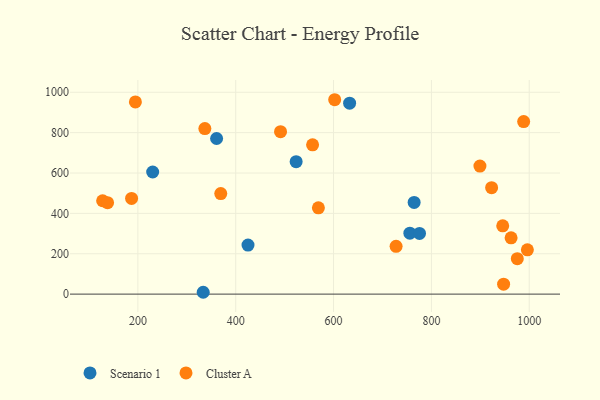
{"axis": {"x": "Experience", "y": "Yield"}, "legend": ["Cluster A", "Scenario 1"], "data": [{"x": "756.0", "y": 301.7, "type": "Scenario 1"}, {"x": "632.8", "y": 945.7, "type": "Scenario 1"}, {"x": "230.2", "y": 605.0, "type": "Scenario 1"}, {"x": "764.7", "y": 454.3, "type": "Scenario 1"}, {"x": "360.9", "y": 770.9, "type": "Scenario 1"}, {"x": "425.1", "y": 242.8, "type": "Scenario 1"}, {"x": "523.5", "y": 656.2, "type": "Scenario 1"}, {"x": "333.5", "y": 9.1, "type": "Scenario 1"}, {"x": "775.7", "y": 300.6, "type": "Scenario 1"}, {"x": "975.6", "y": 175.5, "type": "Cluster A"}, {"x": "988.6", "y": 854.7, "type": "Cluster A"}, {"x": "127.9", "y": 462.6, "type": "Cluster A"}, {"x": "962.9", "y": 278.8, "type": "Cluster A"}, {"x": "369.4", "y": 498.3, "type": "Cluster A"}, {"x": "569.0", "y": 427.6, "type": "Cluster A"}, {"x": "602.3", "y": 963.0, "type": "Cluster A"}, {"x": "138.0", "y": 453.0, "type": "Cluster A"}, {"x": "923.1", "y": 527.4, "type": "Cluster A"}, {"x": "557.1", "y": 739.8, "type": "Cluster A"}, {"x": "727.8", "y": 236.6, "type": "Cluster A"}, {"x": "336.9", "y": 820.1, "type": "Cluster A"}, {"x": "947.6", "y": 49.3, "type": "Cluster A"}, {"x": "899.2", "y": 634.3, "type": "Cluster A"}, {"x": "491.6", "y": 804.6, "type": "Cluster A"}, {"x": "194.9", "y": 952.0, "type": "Cluster A"}, {"x": "996.2", "y": 219.4, "type": "Cluster A"}, {"x": "187.1", "y": 474.1, "type": "Cluster A"}, {"x": "945.8", "y": 338.3, "type": "Cluster A"}]}